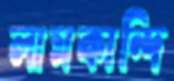
লামকান্দি